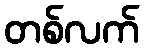
တစ်လက်